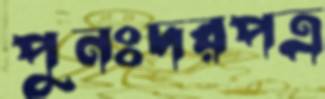
পুনঃদরপত্র